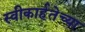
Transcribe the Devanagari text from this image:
स्वीकार्हतेच्या